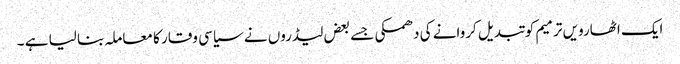
ایک اٹھارویں ترمیم کو تبدیل کروانے کی دھمکی جسے بعض لیڈروں نے سیاسی وقار کا معاملہ بنا لیا ہے ۔